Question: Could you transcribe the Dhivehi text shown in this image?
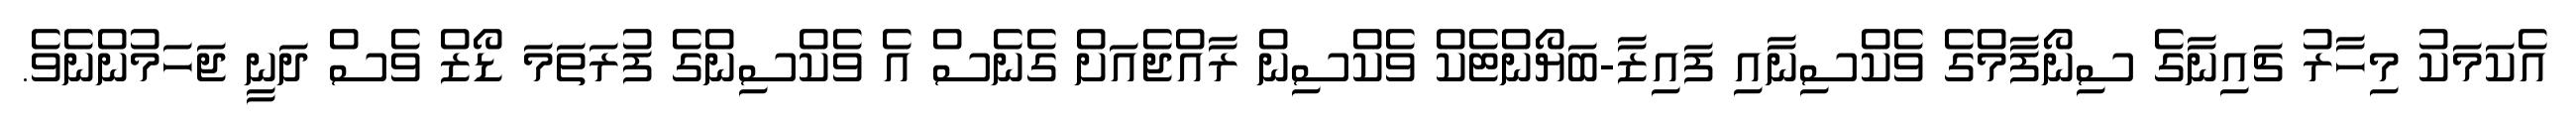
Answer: އެކަމަކު މިހާރު ޗައިނާގެ ސިނޯފާމްގެ ވެކްސިނާއި ފައިޒާ-ބަޔޯންޓެކް ވެކްސިން ރާއްޖެއަށް ގެނެސް އެ ވެކްސިންގެ ފުރަތަމަ ޑޯޒް ވެސް ދަނީ ޖަހަމުންނެވެ.